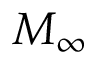
M _ { \infty }